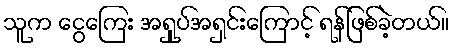
သူက ငွေကြေး အရှုပ်အရှင်းကြောင့် ရန်ဖြစ်ခဲ့တယ်။